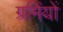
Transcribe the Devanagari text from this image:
ग्रर्मियों